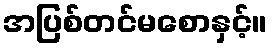
အပြစ်တင်မစောနှင့်။